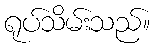
ရုပ်သိမ်းသည်။